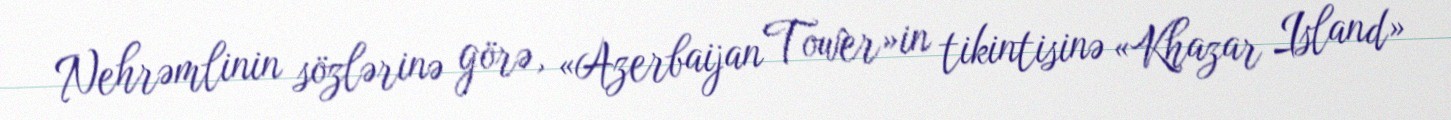
Nehrəmlinin sözlərinə görə, «Azerbaijan Tower»in tikintisinə «Khazar Island»